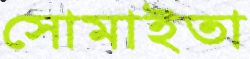
সোমাইতা